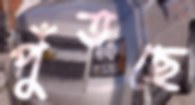
পুঁতছে